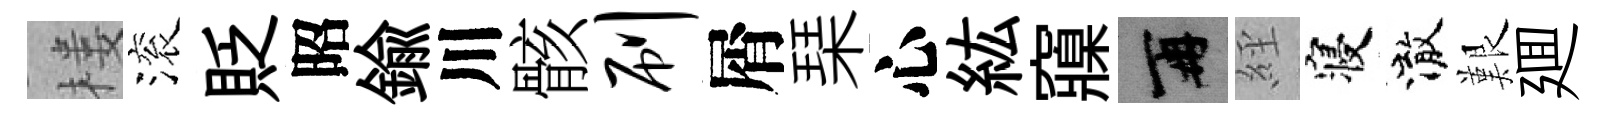
楼滚貶昭鍮川骸刷屑琹心紘䆿再𦀇寝澈艱廽